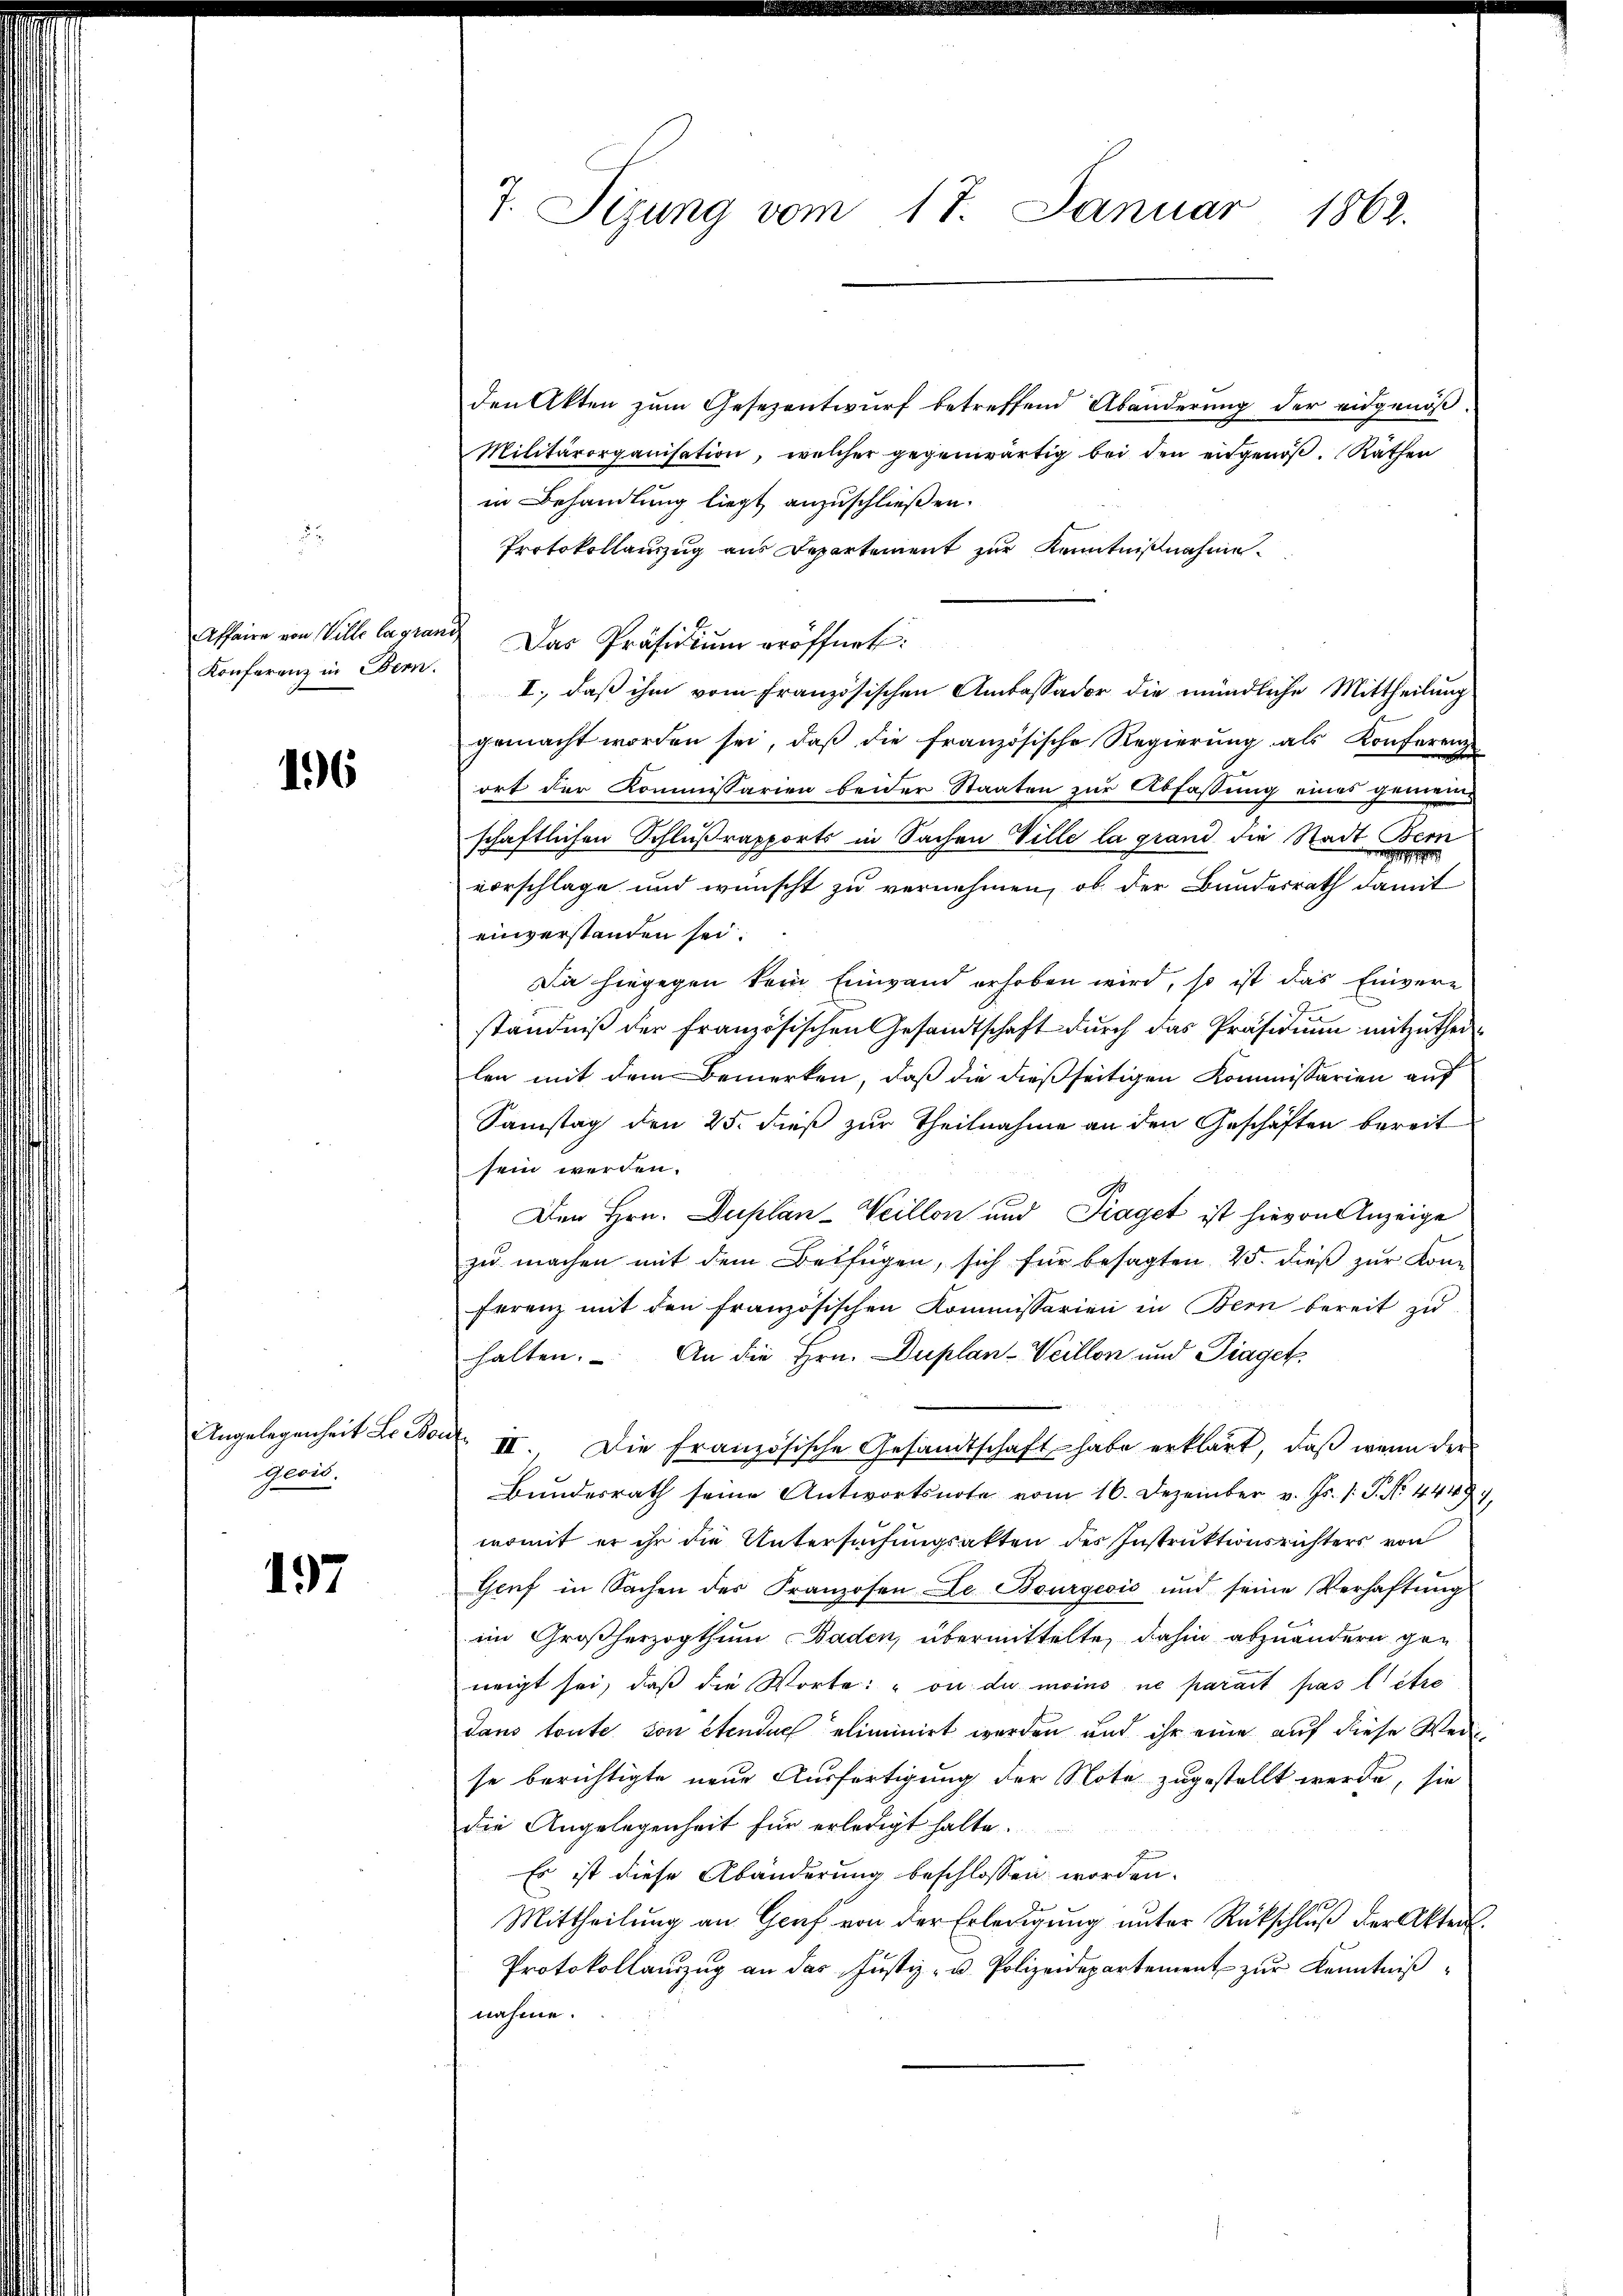
Konferenz in Bern.

16

Angelegenheit L. Bonz
geois.

197

7. Sizung vom 17. Januar 1862.

den Akten zum Gesezentwurf betreffend Abänderung der eidgenöß¬
Militärorganisation, welcher gegenwärtig bei den eingenöβ. Räthen
in Behandlung liegt anzuschließen.
Protokollanzug aus Departement zur Kenntnißnahme.
Affaire von Wille lagrand. Das Präsidiŭm eröffnet:
I., daß ihm vom französischen Amtassador die mündliche Mittheilung
gemacht worden sei, daß die französische Regierung als Konferenz
ort der Kommissarien beider Staaten zur Abfassung eines gemein-
schaftlichen Schlußrapports in Sachen Ville la grand die Stadt Bern
e
vorschlage und wünscht zu vernehmen, ob der Bundesrath damit
einverstanden sei.
Da hiegegen kein Einwand erhoben wird, so ist das Einvere
ständniß der Französischen Gesandtschaft durch das Präsidium mitzutheil
len mit dem Bemerken, daß die dießseitigen Kommissarien auf
Samstag den 25. dieß zur Theilnahme an den Geschäften bereit
sein werden.
Den Hrn. Duplan-Weillon und Fraget ist hievon Anzeige
zu machen mit dem Betfügen, sich für besagten 25. dieß zur Konferenz mit den französischen Kommissarien in Bern bereit zŭ
halten. An die Hrn. Duplan-Weillon und Piaget
III. Die Französische Gesandtschaft habe erklärt, daß wenn der
Bundesrath seine Antwortsnote vom 16. Dezember v. Js. /: P. Nr. 44494,
womit er ihr die Untersuchungsakten des Instruktionsrichters von
Genf in Sachen der Franzosen Le Bourgeois und seine Verhaftŭng
im Großherzogthum Baden, übermittelte, dahin abzuändern gen
neigt sei, daß die Worte: " ou du moins ne parait pas titre
dans toute son étendue eliminirt werden und ihr eine auf diese Wei
se berichtigte neue Ausfertigung der Note zugestellt werde, sie
die Angelegenheit für erledigt halte.
Es ist diese Abänderung beschlossen worden.
Mittheilung an Graf von der Erledigung unter Rückschluß der Akten.
Protokollauszug an das Justiz- u. Polizeidepartement zur Kenntnißnahme.